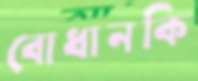
বোধানকি